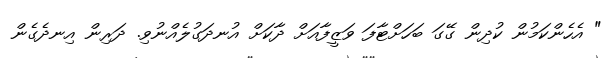
" އެހެންކަމުން ކުދިން ގޭގަ ބަހަށްޓާފަ ވަޒީފާއަށް ދާކަށް އުނދަގުލެއްނުވި. ދަރިން އިނދެގެން